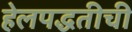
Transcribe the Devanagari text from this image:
हेलपद्धतीची